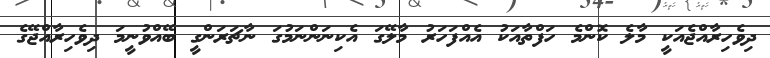
ދިވެހިރާއްޖެއަކީ މާލެ ކޮންމެ ހަފްތާއަކު އެއްފަހަރު މާލޭގަ އެކިނަންނަމުގަ ނާޗަރަންގީ ބޭއްވުނީމަ ދިވެހިރާއްޖޭގެ